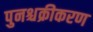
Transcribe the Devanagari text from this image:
पुनश्चक्रीकरण